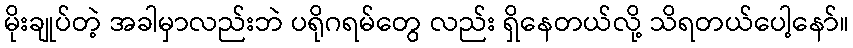
မိုးချုပ်တဲ့ အခါမှာလည်းဘဲ ပရိုဂရမ်တွေ လည်း ရှိနေတယ်လို့ သိရတယ်ပေါ့နော်။